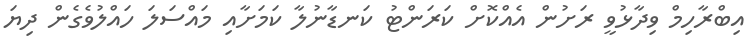
އިބްރާހިމް ވިދާޅުވީ ރަށުން އެއްކޮށް ކަރަންޓު ކަނޑާނުލާ ކަމަށާއި މައްސަލަ ހައްލުވެގެން ދިޔަ